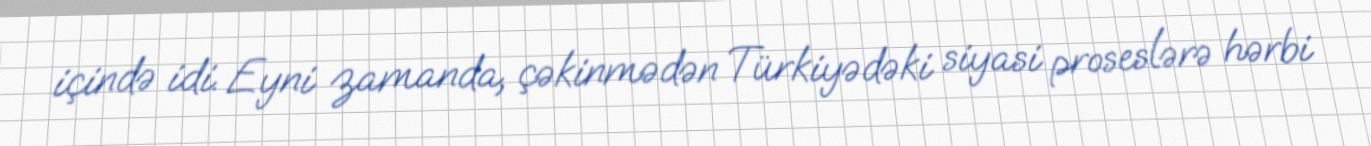
içində idi. Eyni zamanda, çəkinmədən Türkiyədəki siyasi proseslərə hərbi